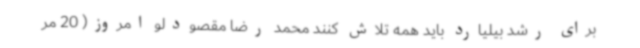
برای رشد بیلیارد باید همه تلاش کنند محمد رضا مقصودلو امروز( 20 مر